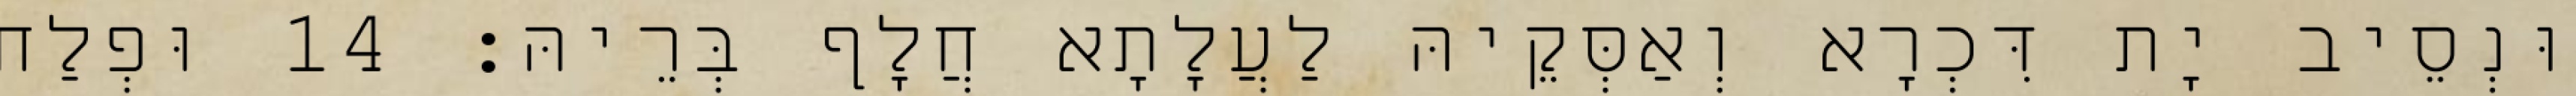
וּנְסֵיב יָת דִּכְרָא וְאַסְּקֵיהּ לַעֲלָתָא חֲלָף בְּרֵיהּ׃ 14 וּפְלַח